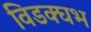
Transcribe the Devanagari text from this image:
विडक्घभ